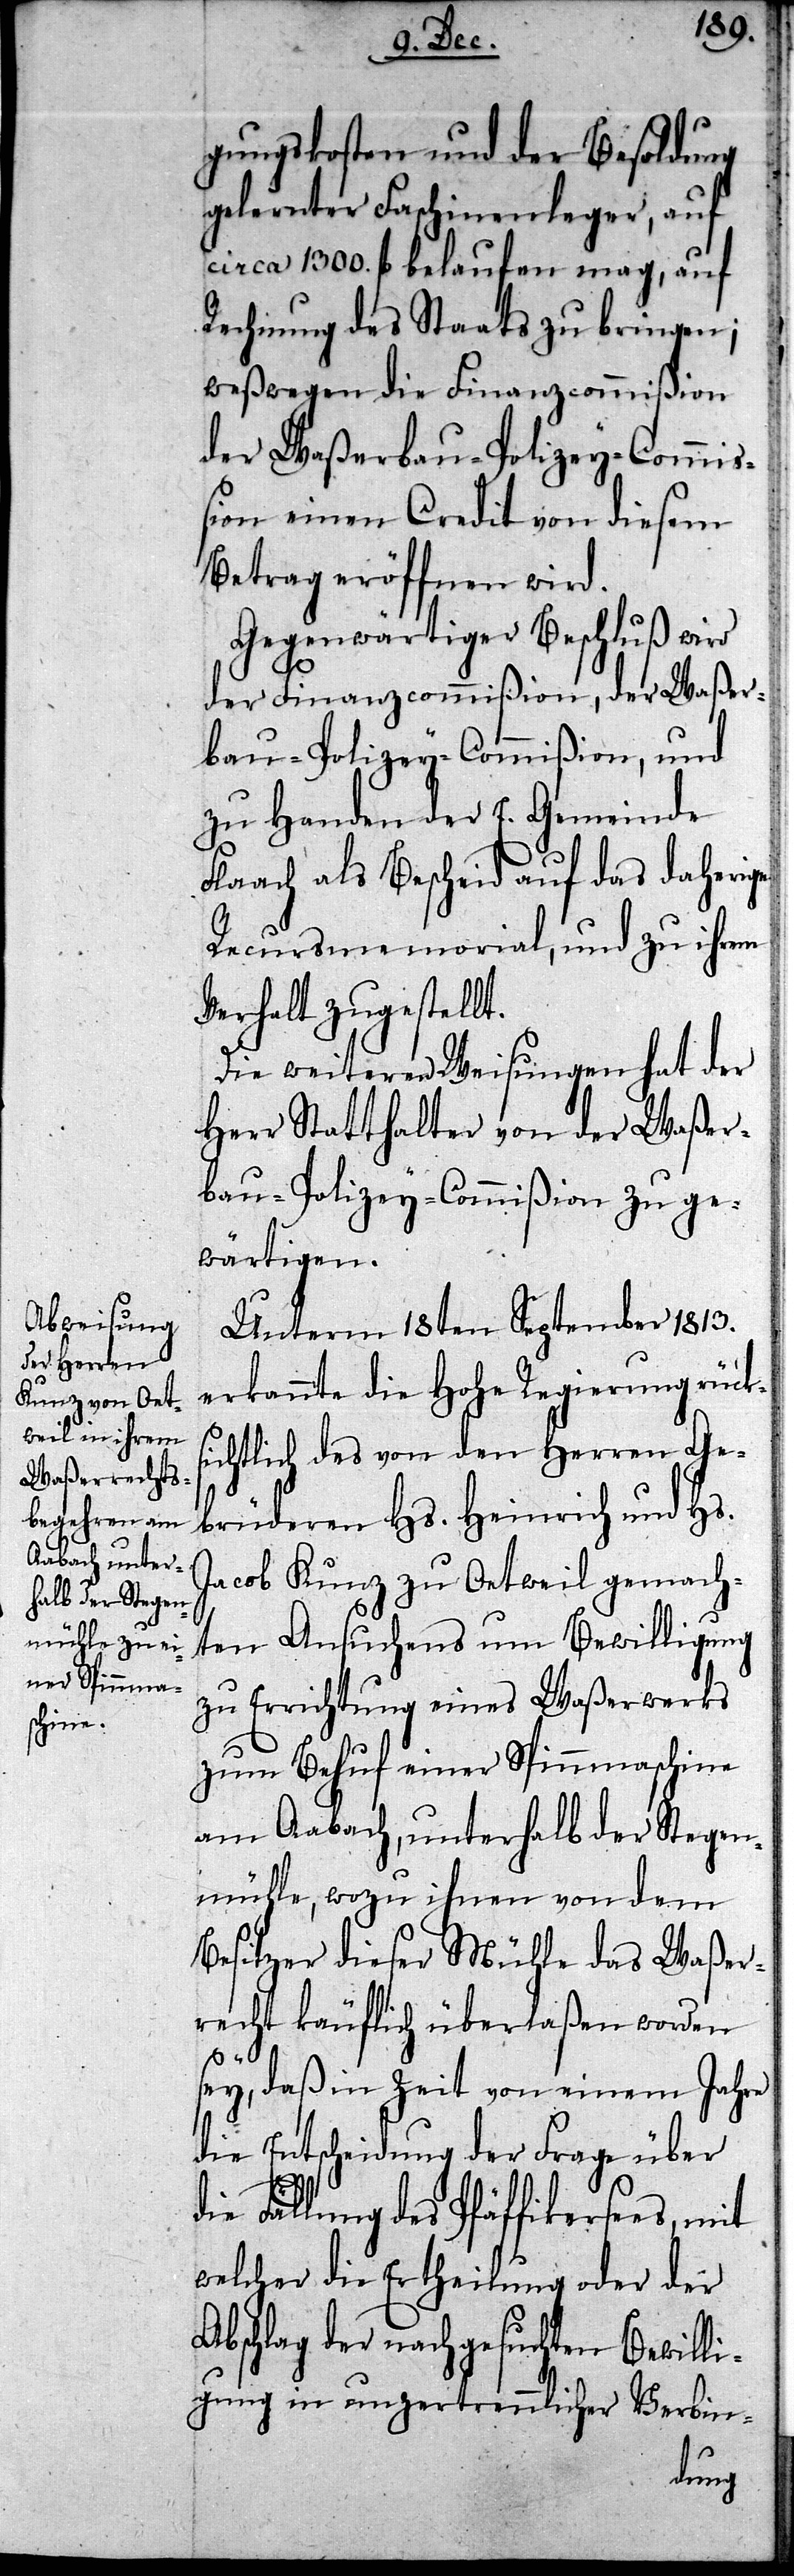
gungskosten und der Besoldung
gelernter Faschinenleger, auf
circa 1300. fl belaufen mag, auf
Rechnung des Staats zu bringen;
weßwegen die Finanzcommißion
der Waßerbau-Polizey-Commiß¬
ion einen Credit von diesem
Betrag eröffnen wird.
Gegenwärtiger Beschluß wird
der Finanzcommißion, der Waßer¬
bau-Polizey-Commißion, und
zu Handen der E. Gemeinde
Flaach als Bescheid auf das daherige
Recursmemorial, und zu ihrem
Verhalt zugestellt.
Die weiteren Weisungen hat der
Herr Statthalter von der Waßer¬
bau-Polizey-Commißion zu ge¬
wärtigen.
Unterm 18ten September 1813.
erkannte die Hohe Regierung rück¬
sichtlich des von den Herren Ge¬
brüderen Hs. Heinrich und Hs.
Jacob Kunz zu Oetweil gemach¬
ten Ansuchens um Bewilligung
zu Errichtung eines Waßerwerks
zum Behuf einer Spinnmaschine
am Aabach, unterhalb der Stegen¬
mühle, wozu ihnen von dem
Besitzer dieser Mühle das Waßer¬
recht käuflich überlaßen worden
sey, daß in Zeit von einem Jahr
die Entscheidung der Frage über
die Fällung des Pfäffikersees,
welcher die Ertheilung oder der
Abschlag der nachgesuchten Bewilli¬
gung in unzertrennlicher Verbin-